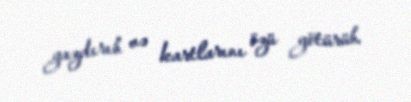
yazdırıb və kartlarını özü götürüb.